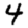
Digit: 4